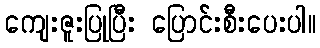
ကျေးဇူးပြုပြီး ပြောင်းစီးပေးပါ။